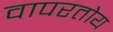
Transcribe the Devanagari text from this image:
वापरतोय